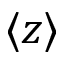
\langle z \rangle